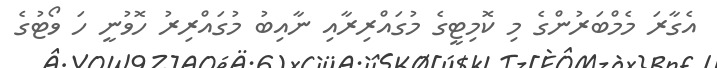
އެގާރަ މެމްބަރުންގެ މި ކޮމިޓީގެ މުގައްރިރާއި ނާއިބު މުގައްރިރު ހޮވުނީ ހަ ވޯޓުގެ